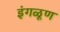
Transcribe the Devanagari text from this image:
इंगळूण